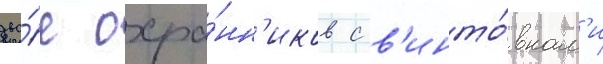
дво́е охра́нн'иков с в'инто́вкам'и